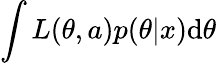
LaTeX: \int{L(\theta,a)p(\theta|x)\mathrm{d}\theta}